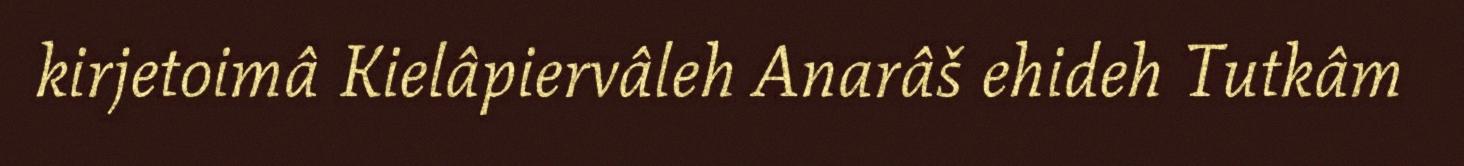
kirjetoimâ Kielâpiervâleh Anarâš ehideh Tutkâm